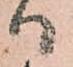
ハ